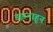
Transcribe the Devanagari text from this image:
डझनाहून